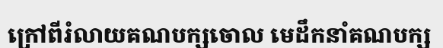
ក្រៅពីរំលាយគណបក្សចោល មេដឹកនាំគណបក្ស